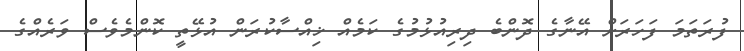
ފުރަތަމަ ފަހަރަށް އޭނާގެ ދޮންބެ ދިރިއުޅުމުގެ ކަމެއް ޚިއްސާކުރަން އުޅޭތީ ކޮންމެވެސް ވަރެއްގެ